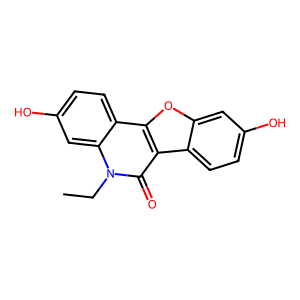
SMILES: CCn1c(=O)c2c3ccc(O)cc3oc2c2ccc(O)cc21
Inhibits HIV replication: No